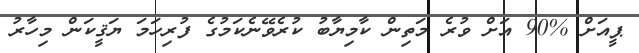
ޕީއަށް %90 އަށް ވުރެ މަތިން ކާމިޔާބު ކުރެވޭނެކަމުގެ ފުރިހަމަ ޔަޤީކަން މިހާރު